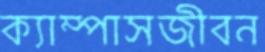
ক্যাম্পাসজীবন